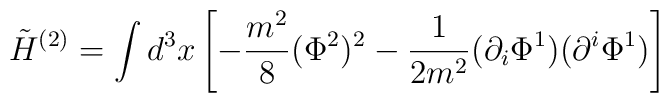
\tilde  H^{(2)}  =  \int  d^3x \left[ -\frac{m^2}{8} (\Phi^2)^2 -\frac{1}{2m^2}(\partial_i\Phi^1)(\partial^i\Phi^1)\right]